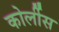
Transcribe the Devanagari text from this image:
कोर्लीस